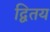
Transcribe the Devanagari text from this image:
द्वितय